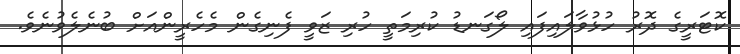
ކޮޓަރީގެ ދޮރު ހުޅުވާލައިފައި ލޯގަނޑު ކުރިމަތީ ހުރި ޒަވީ ފެނިގެން މެހެރީންއަށް ބުނެލެވުނެވެ.